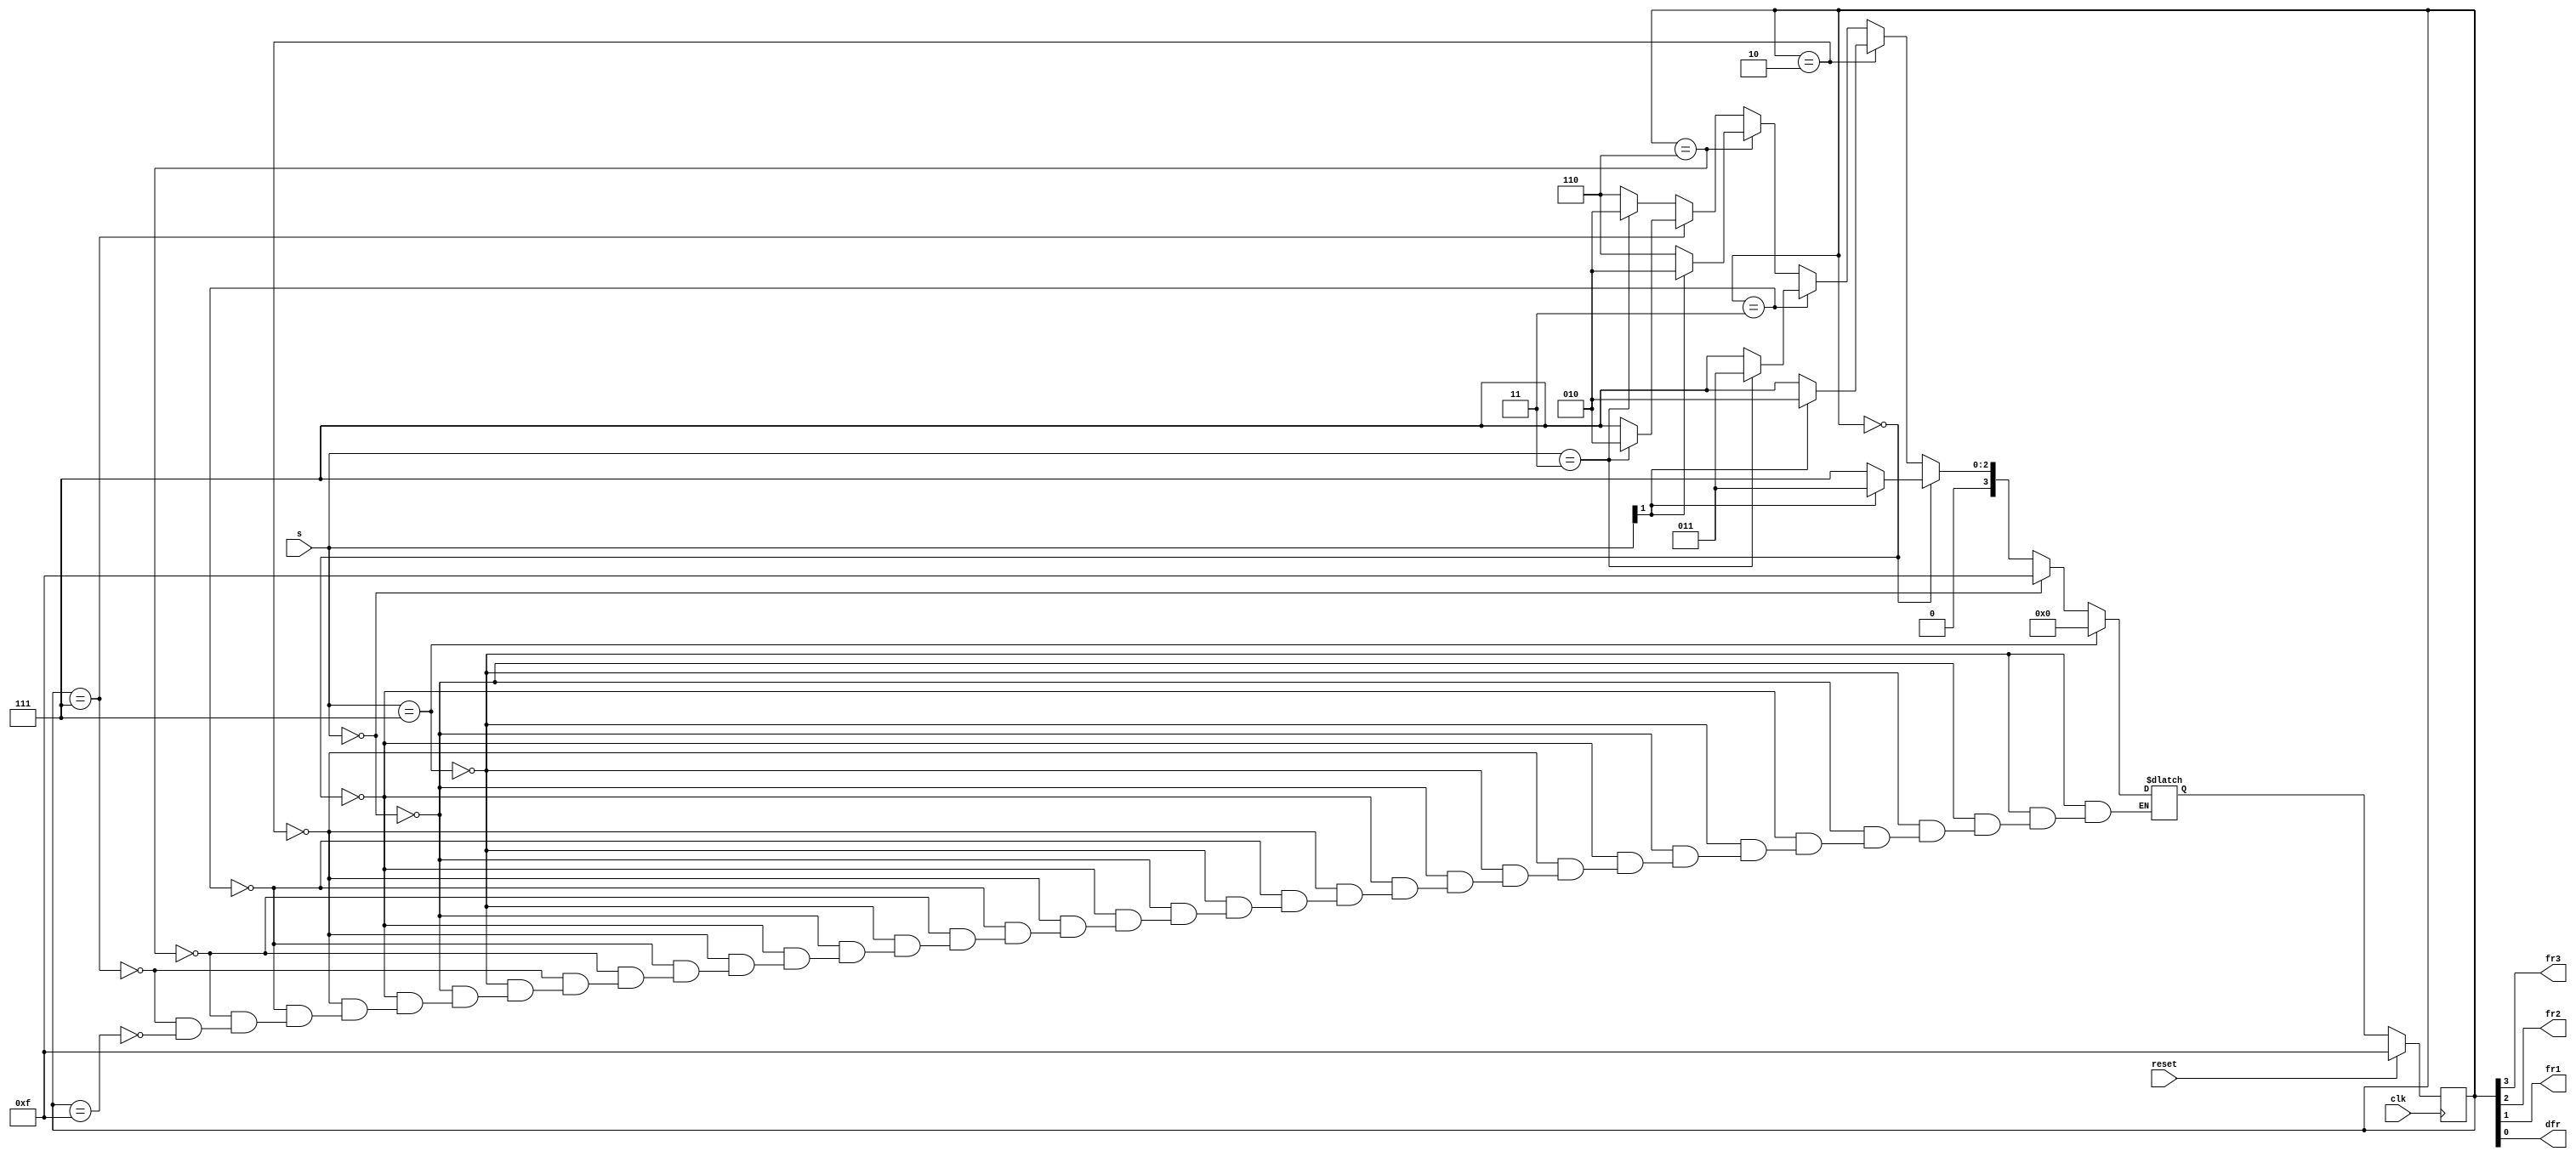
module top_module (
    input clk,
    input reset,
    input [3:1] s,
    output fr3,
    output fr2,
    output fr1,
    output dfr
); 
    parameter A=4'b0000,B=4'b0010,C=4'b0011,D=4'b0110,E=4'b0111,F=4'b1111;//(A,B..,F)=(0,1,..,5)
    reg [3:0] state, next_state;
    //reg [3:1] prev_values;
    always @(*) begin
        if(s==3'd7)
            next_state <= A;
        else if(s==3'd0)
            next_state <= F;
        else begin
            if(state ==A) next_state <= (s[2])? C:E;
            else if(state ==B) next_state <= (s[2])?B:E;
            else if(state ==C) next_state = (s==3)?C:E;
            else if(state ==D) next_state <= (s[2])?B:D;
            else if(state ==E) next_state = (s==3)?B:E;
            else if(state ==F) next_state = (s==3)?B:D;
        end
            
        //next_state[3] = ~(s[1]|s[2]|s[3]);
        //next_state[2] = ~(s[2]|s[3]);
        //next_state[1] = ~(s[1]&s[2]&s[3]);
        //next_state[0] = (prev_values>s)?1:0;
        //prev_values = s;
    end
    always @(posedge clk) begin    // This is a sequential always block
        // State flip-flops with synchronous reset
        if(reset) begin
            //s<=3'b000;
            state<=F;
            //prev_values<=3'b0;
        end else begin 
            //prev_values<=s;
            state<=next_state;
        end
    end
    assign {fr3,fr2,fr1,dfr} = state;    

endmodule